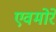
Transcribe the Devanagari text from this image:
एवमोरे